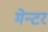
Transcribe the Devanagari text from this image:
मेन्टर